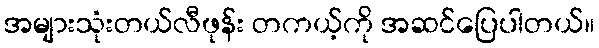
အများသုံးတယ်လီဖုန်း တကယ့်ကို အဆင်ပြေပါတယ်။